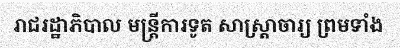
រាជរដ្ឋាភិបាល មន្ត្រីការទូត សាស្ត្រាចារ្យ ព្រមទាំង